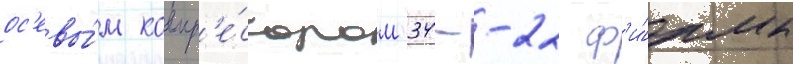
ос'евы́м компр'е́ссором 34--22 ф'и́рмы